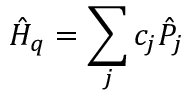
\hat { H } _ { q } = \sum _ { j } c _ { j } \hat { P } _ { j }